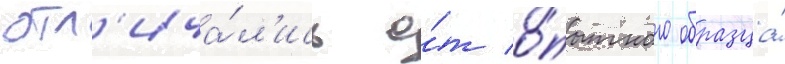
отл'ича́л'ись о́т о́пытного образца́